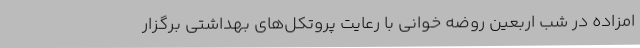
امزاده در شب اربعین روضه خوانی با رعایت پروتکل‌های بهداشتی برگزار